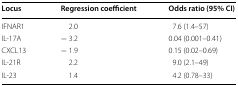
| Locus | Regression coefficient | Odds ratio (95% CI) |
 | --- | --- | --- |
 | IFNAR1 | 2.0 | 7.6 (1.4–57) |
 | IL-17A | − 3.2 | 0.04 (0.001–0.41) |
 | CXCL13 | − 1.9 | 0.15 (0.02–0.69) |
 | IL-21R | 2.2 | 9.0 (2.1–49) |
 | IL-23 | 1.4 | 4.2 (0.78–33) |